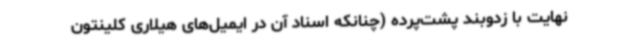
نهایت با زدوبند پشت‌پرده (چنانکه اسناد آن در ایمیل‌های هیلاری کلینتون